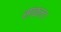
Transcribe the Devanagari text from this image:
सांकल।